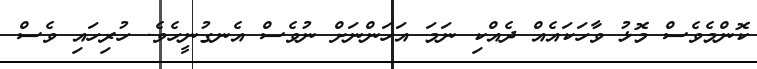
ކޮންމެވެސް މޮޅު ވާހަކައެއް ދެއްކި ނަމަ އަހަންނަށް ނުވެސް އެނގުނީހެވެ. ހުރިހައި ވެސް